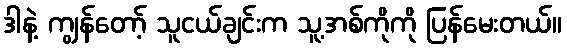
ဒါနဲ့ ကျွန်တော့် သူငယ်ချင်းက သူ့အစ်ကိုကို ပြန်မေးတယ်။